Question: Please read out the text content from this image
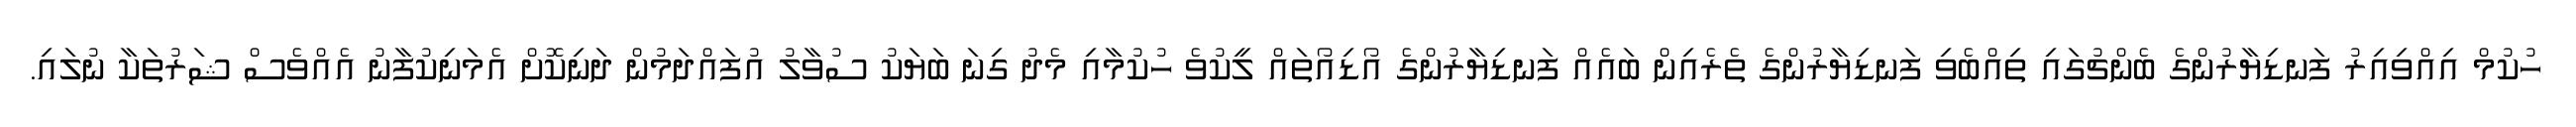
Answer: ހުކުމް އިއްވިއިރު ފަނޑިޔާރުންގެ ބެންޗުގައި ތިއްބެވި ފަނޑިޔާރުންގެ ތެރެއިން ބައެއް ފަނޑިޔާރުންގެ އޯޑިއޯތައް ލީކުވެ ހުކުމާއި މެދު ގިނަ ބަޔަކު ސުވާލު އުފައްދަމުން ދަނިކޮށް އެމަނިކުފާނު އެއްވެސް ޝަރުތަކާ ނުލައި.